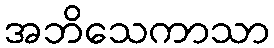
အဘိသေကာသာ